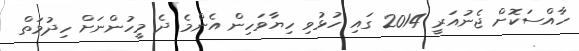
ހާއްސަކޮށް ޖެނުއަރީ 2014 ގައި ހުޅުވި ހިޔާވަހިން އެންމެ ދެ މީހުންނަށް ހިދުމަތް